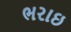
ભરાઇ